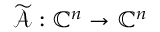
\widetilde { \mathcal { A } } : \mathbb { C } ^ { n } \to \mathbb { C } ^ { n }